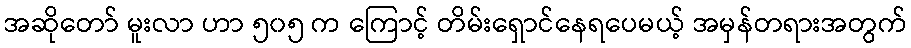
အဆိုတော် မူးလာ ဟာ ၅၀၅ က ကြောင့် တိမ်းရှောင်နေရပေမယ့် အမှန်တရားအတွက်